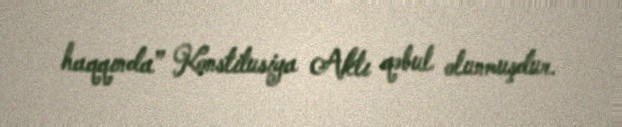
haqqında” Konstitusiya Aktı qəbul olunmuşdur.